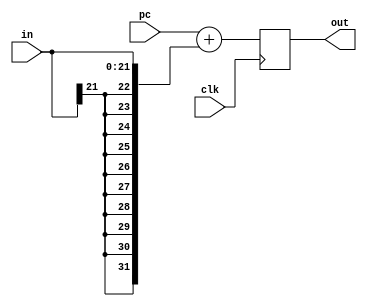
`timescale 1ns / 1ps
//////////////////////////////////////////////////////////////////////////////////
// Company: 
// Engineer: 
// 
// Design Name: 
// Module Name: adder
// Project Name: 
// Target Devices: 
// Tool Versions: 
// Description: 
// 
// Dependencies: 
// 
// Revision:
// Revision 0.01 - File Created
// Additional Comments:
// 
//////////////////////////////////////////////////////////////////////////////////


module Adder(
        input  [31:0] pc,
        input  [21:0] in,
        input clk,
        output reg [31:0] out
);
    
always @(posedge clk) 
     begin
        out = pc + {{10{in[21]}},in[21:0]};      
     end
endmodule